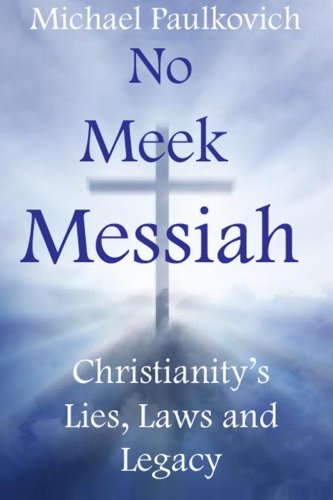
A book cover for No Meek Messiah: Christianity's Lies, Laws and Legacy; Michael Paulkovich; Religion & Spirituality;